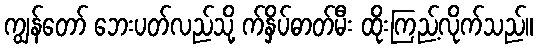
ကျွန်တော် ဘေးပတ်လည်သို့ က်နှိပ်ဓာတ်မီး ထိုးကြည့်လိုက်သည်။